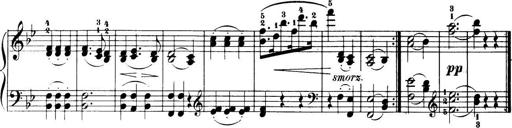
Title: 32 Sonatinas and Rondos for the Piano
Composer: Richard Kleinmichel